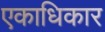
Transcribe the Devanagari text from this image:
एकाधिकार